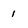
Character: 1